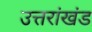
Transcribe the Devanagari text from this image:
उत्तरांखंड